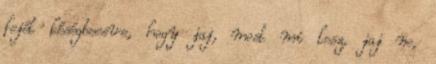
fejét késégbeesve, hogy jaj, most mi lesz, jaj ne,